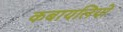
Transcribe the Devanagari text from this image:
कबायलियों